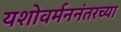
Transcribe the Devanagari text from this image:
यशोवर्मननंतरच्या